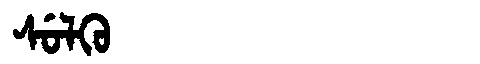
Manchu: ᠰᡠᠯᡴᡠ
Romanization: SULKU